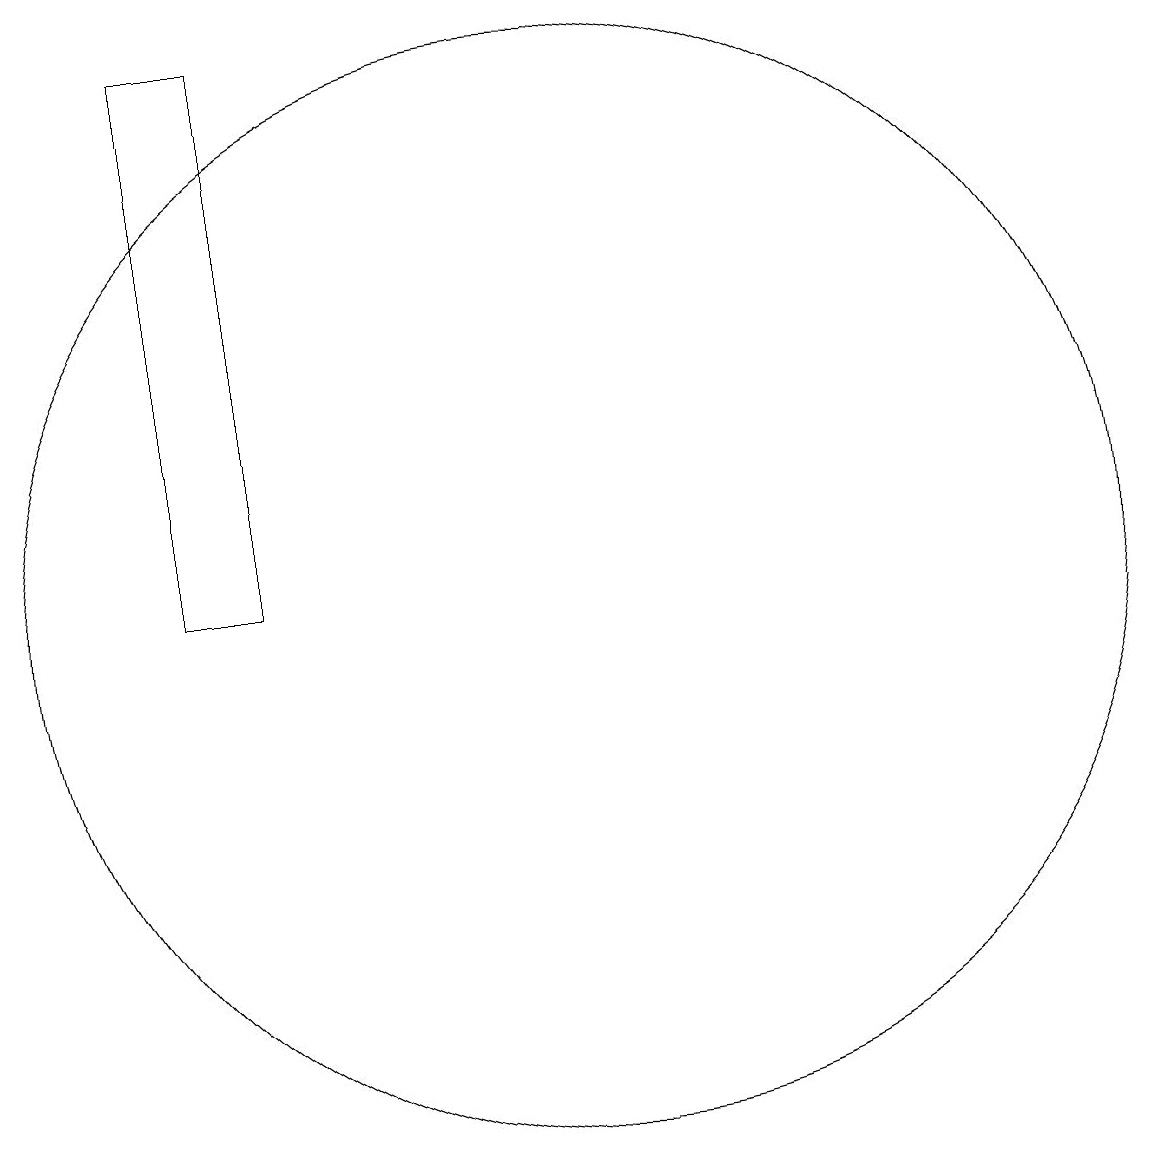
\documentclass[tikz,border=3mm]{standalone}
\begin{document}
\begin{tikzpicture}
\draw (10,10) circle (0);
\draw (12,11) circle (7);
\draw (7,18) rectangle (8,11);
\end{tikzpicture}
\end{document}